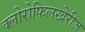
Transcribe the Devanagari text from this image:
क्लोरोफिलखेरीज